Streptothrix isolated from the spleen of a leper - Number 51
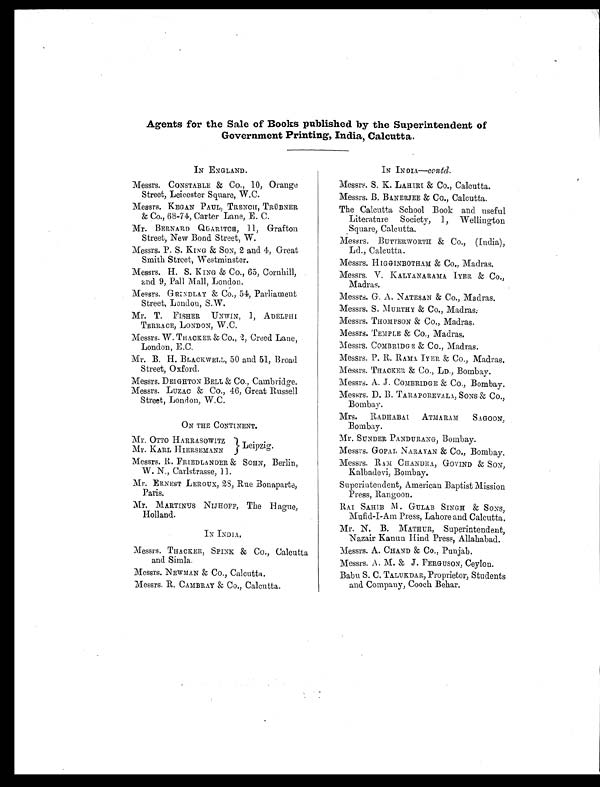
Agents for the Sale of Books published by the Superintendent of
Government Printing, India, Calcutta.
IN ENGLAND.
Messrs. CONSTABLE & Co., 10, Orange
Street, Leicester Square, W.C.
Messrs. KEGAN PAUL, TRENCH, TRÜBNER
& Co., 68-74, Carter Lane, B. C.
Mr. BERNARD QUARITCH, 11, Grafton
Street, New Bond Street, W.
Messrs. P. S. KING & SON, 2 and 4, Great
Smith Street, Westminster.
Messrs. H. S. KING & CO., 65, Cornhill,
and 9, Pall Mall, London.
Messrs. GRINDLAY & Co., 54, Parliament
Street, London, S.W.
Mr. T. FISHER UNWIN, 1, ADELPHI
TERRACE, LONDON, W.C.
Messrs. W. THACKER &Co., 2, Creed Lane,
London, B.C.
Mr. B. H. BLACKWELL, 50 and 51, Broad
Street, Oxford.
Messrs. DEIGHT ON BELL & CO., Cambridge.
Messrs. LUZAC & Co., 46, Great Russell
Street, London, W.C.
ON THE CONTINENT.
Mr. OTTO HARRASOWITZ
Leipzig.
Mr. KARL HIERSEMANN
Messrs. R. FRIEDLANDER & SOHN, Berlin,
W. N., Carlstrasse, 11.
Mr. ERNES T LEROUX, 28, Rue Bonaparte,
Paris.
Mr. MAR
TINUS NIJHOFF, The Hague,
Holland.
IN INDIA.
Messrs. THACKER, SPINK & Co., Calcutta
and Simla.
Messrs. NEW
MAN & CO., Calcutta.
Messrs. R. CAMBRAY & Co., Calcutta.
IN INDIA—contd.
Messrs. S. K. LAHIRI & CO., Calcutta.
Messrs. B. BANER JEE & CO., Calcutta.
The Calcutta School Book and useful
Literature Society, 1, Wellington
Square, Calcutta.
Messrs. BUTTERWORTH & Co., (India),
Ld., Calcutta.
Messrs. HIGGINBOTHAM & Co., Madras.
Messrs. V. KALYANARAMA IYER & Co.,
Madras.
Messrs. G. A. NATESAN & Co., Madras.
Messrs. S. MURTHY & Co., Madras.
Messrs. THOMPSON & Co., Madras.
Messrs. TEMPLE & Co., Madras.
Messrs. COMBRIDG E & CO., Madras.
Messrs. P. R. RAMAIYER & Co., Madras.
Messrs. THACKER & Co., LD., Bombay.
Messrs. A. J. COMBRIDGE & Co., Bombay.
Messrs. D. B. TARAPOREVALA, SONS & Co.,
Bombay.
Mrs. RADHABAI ATMARAM S
AGOON,
Bombay.
Mr. SUNDER PANDURANG, Bombay.
Messrs. G
OPAL NARAYAN & CO., Bombay.
Messrs. RAM CHANDRA, GOVIND & SON,
Kalbadevi, Bombay.
Superintendent, American Baptist Mission
Press, Rangoon.
RAI SAHIB M. GULAB SINGH & SONS,
Mufid -I-Am Press, Lahore and Calcutta.
Mr. N. B. MATHUR, Superintendent,
Nazair Kanun Hind Press, Allahabad.
Messrs. A. CHAND & Co., Punjab.
Messrs. A. M.& J. FERGUSON, Ceylon.
Babu S. C. TALUKDAR, Proprietor, Students
and Company, Cooch Behar.